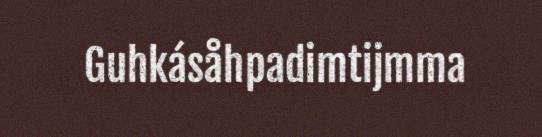
Guhkásåhpadimtijmma